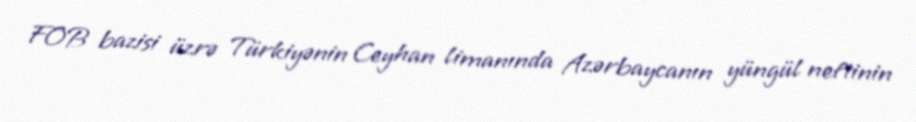
FOB bazisi üzrə Türkiyənin Ceyhan limanında Azərbaycanın yüngül neftinin